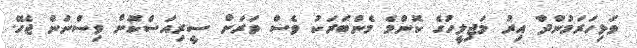
ވަޅިހަރަމުންދާ އިރު މަޖިލީހުގެ ކޮންމެ މެންބަރަކު ވެސް ވަރަށް ސީރިއަސްކޮށް ވިސްނަން ޖެހޭ.